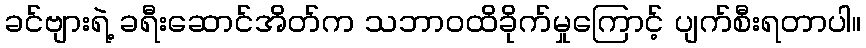
ခင်ဗျားရဲ့ ခရီးဆောင်အိတ်က သဘာဝထိခိုက်မှုကြောင့် ပျက်စီးရတာပါ။